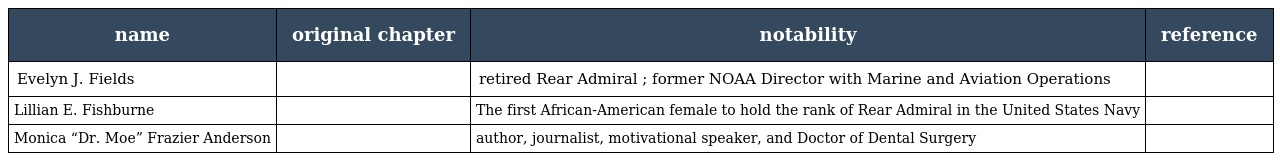
| name | original chapter | notability | reference |
 | --- | --- | --- | --- |
 | Evelyn J. Fields |  | retired Rear Admiral ; former NOAA Director with Marine and Aviation Operations |  |
 | Lillian E. Fishburne |  | The first African-American female to hold the rank of Rear Admiral in the United States Navy |  |
 | Monica “Dr. Moe” Frazier Anderson |  | author, journalist, motivational speaker, and Doctor of Dental Surgery |  |